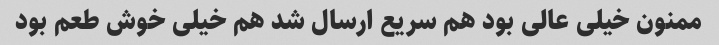
ممنون خیلی عالی بود هم سریع ارسال شد هم خیلی خوش طعم بود